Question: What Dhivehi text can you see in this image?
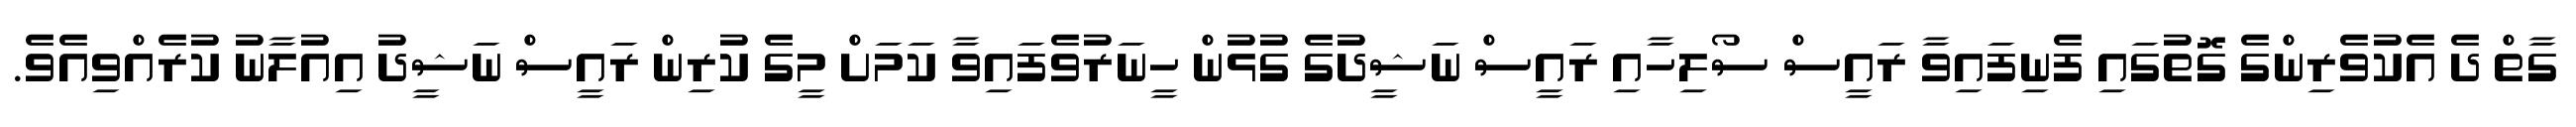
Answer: ގާތް ދެ އެކުވެރިންގެ ގޮތުގައި ފެނިފައިވާ ރައީސް ސޯލިހާއި ރައީސް ނަޝީދުގެ ގުޅުން ހީނަރުވެފައިވާ ކަމަށް މީގެ ކުރިން ރައީސް ނަޝީދު އިއުލާނު ކުރެއްވިއެވެ.